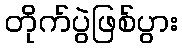
တိုက်ပွဲဖြစ်ပွား